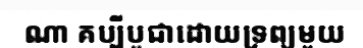
ណា គប្បីបូជាដោយទ្រព្យមួយ